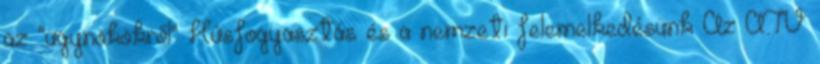
az "ügynökökről" Húsfogyasztás és a nemzeti felemelkedésünk Az ATV